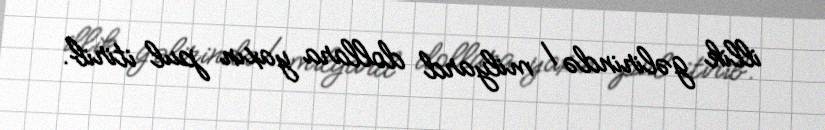
illik gəlirində 1 milyard dollara yaxın pul itirib.